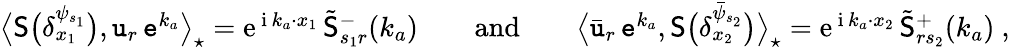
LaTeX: \begin{array}{r}{\big\langle\mathsf{S}\big(\delta_{x_{1}}^{\psi_{s_{1}}}\big),\mathtt{u}_{r}\, \mathtt{e}^{k_{a}}\big\rangle_{\star}={\mathrm{e}}^{\, {\mathrm{i}}\, k_{a}\cdot x_{1}}\, \tilde{\mathsf{S}}_{s_{1}r}^{-}(k_{a})\qquad\mathrm{and}\qquad\big\langle\bar{\mathtt{u}}_{r}\, \mathtt{e}^{k_{a}},\mathsf{S}\big(\delta_{x_{2}}^{\bar{\psi}_{s_{2}}}\big)\big\rangle_{\star}={\mathrm{e}}^{\, {\mathrm{i}}\, k_{a}\cdot x_{2}}\, \tilde{\mathsf{S}}_{rs_{2}}^{+}(k_{a})\ ,}\end{array}